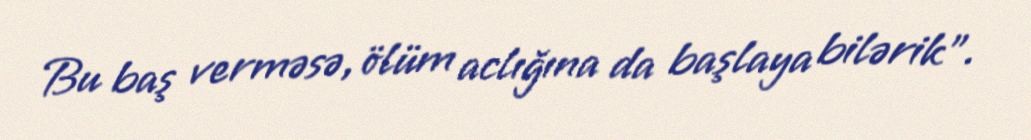
Bu baş verməsə, ölüm aclığına da başlaya bilərik”.